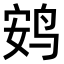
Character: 𫛩